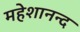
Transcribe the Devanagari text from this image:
महेशानन्द